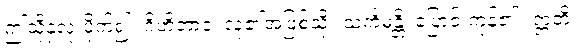
ဤသို့နှလုံးပိုက်၍။ ဂိဟိဘာဝံ၊ လူ၏အဖြစ်သို့။ သင်္ကမန္တိ၊ ပြောင်းကုန်၏။ ဣတိ၊